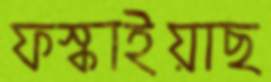
ফস্‌কাইয়াছ